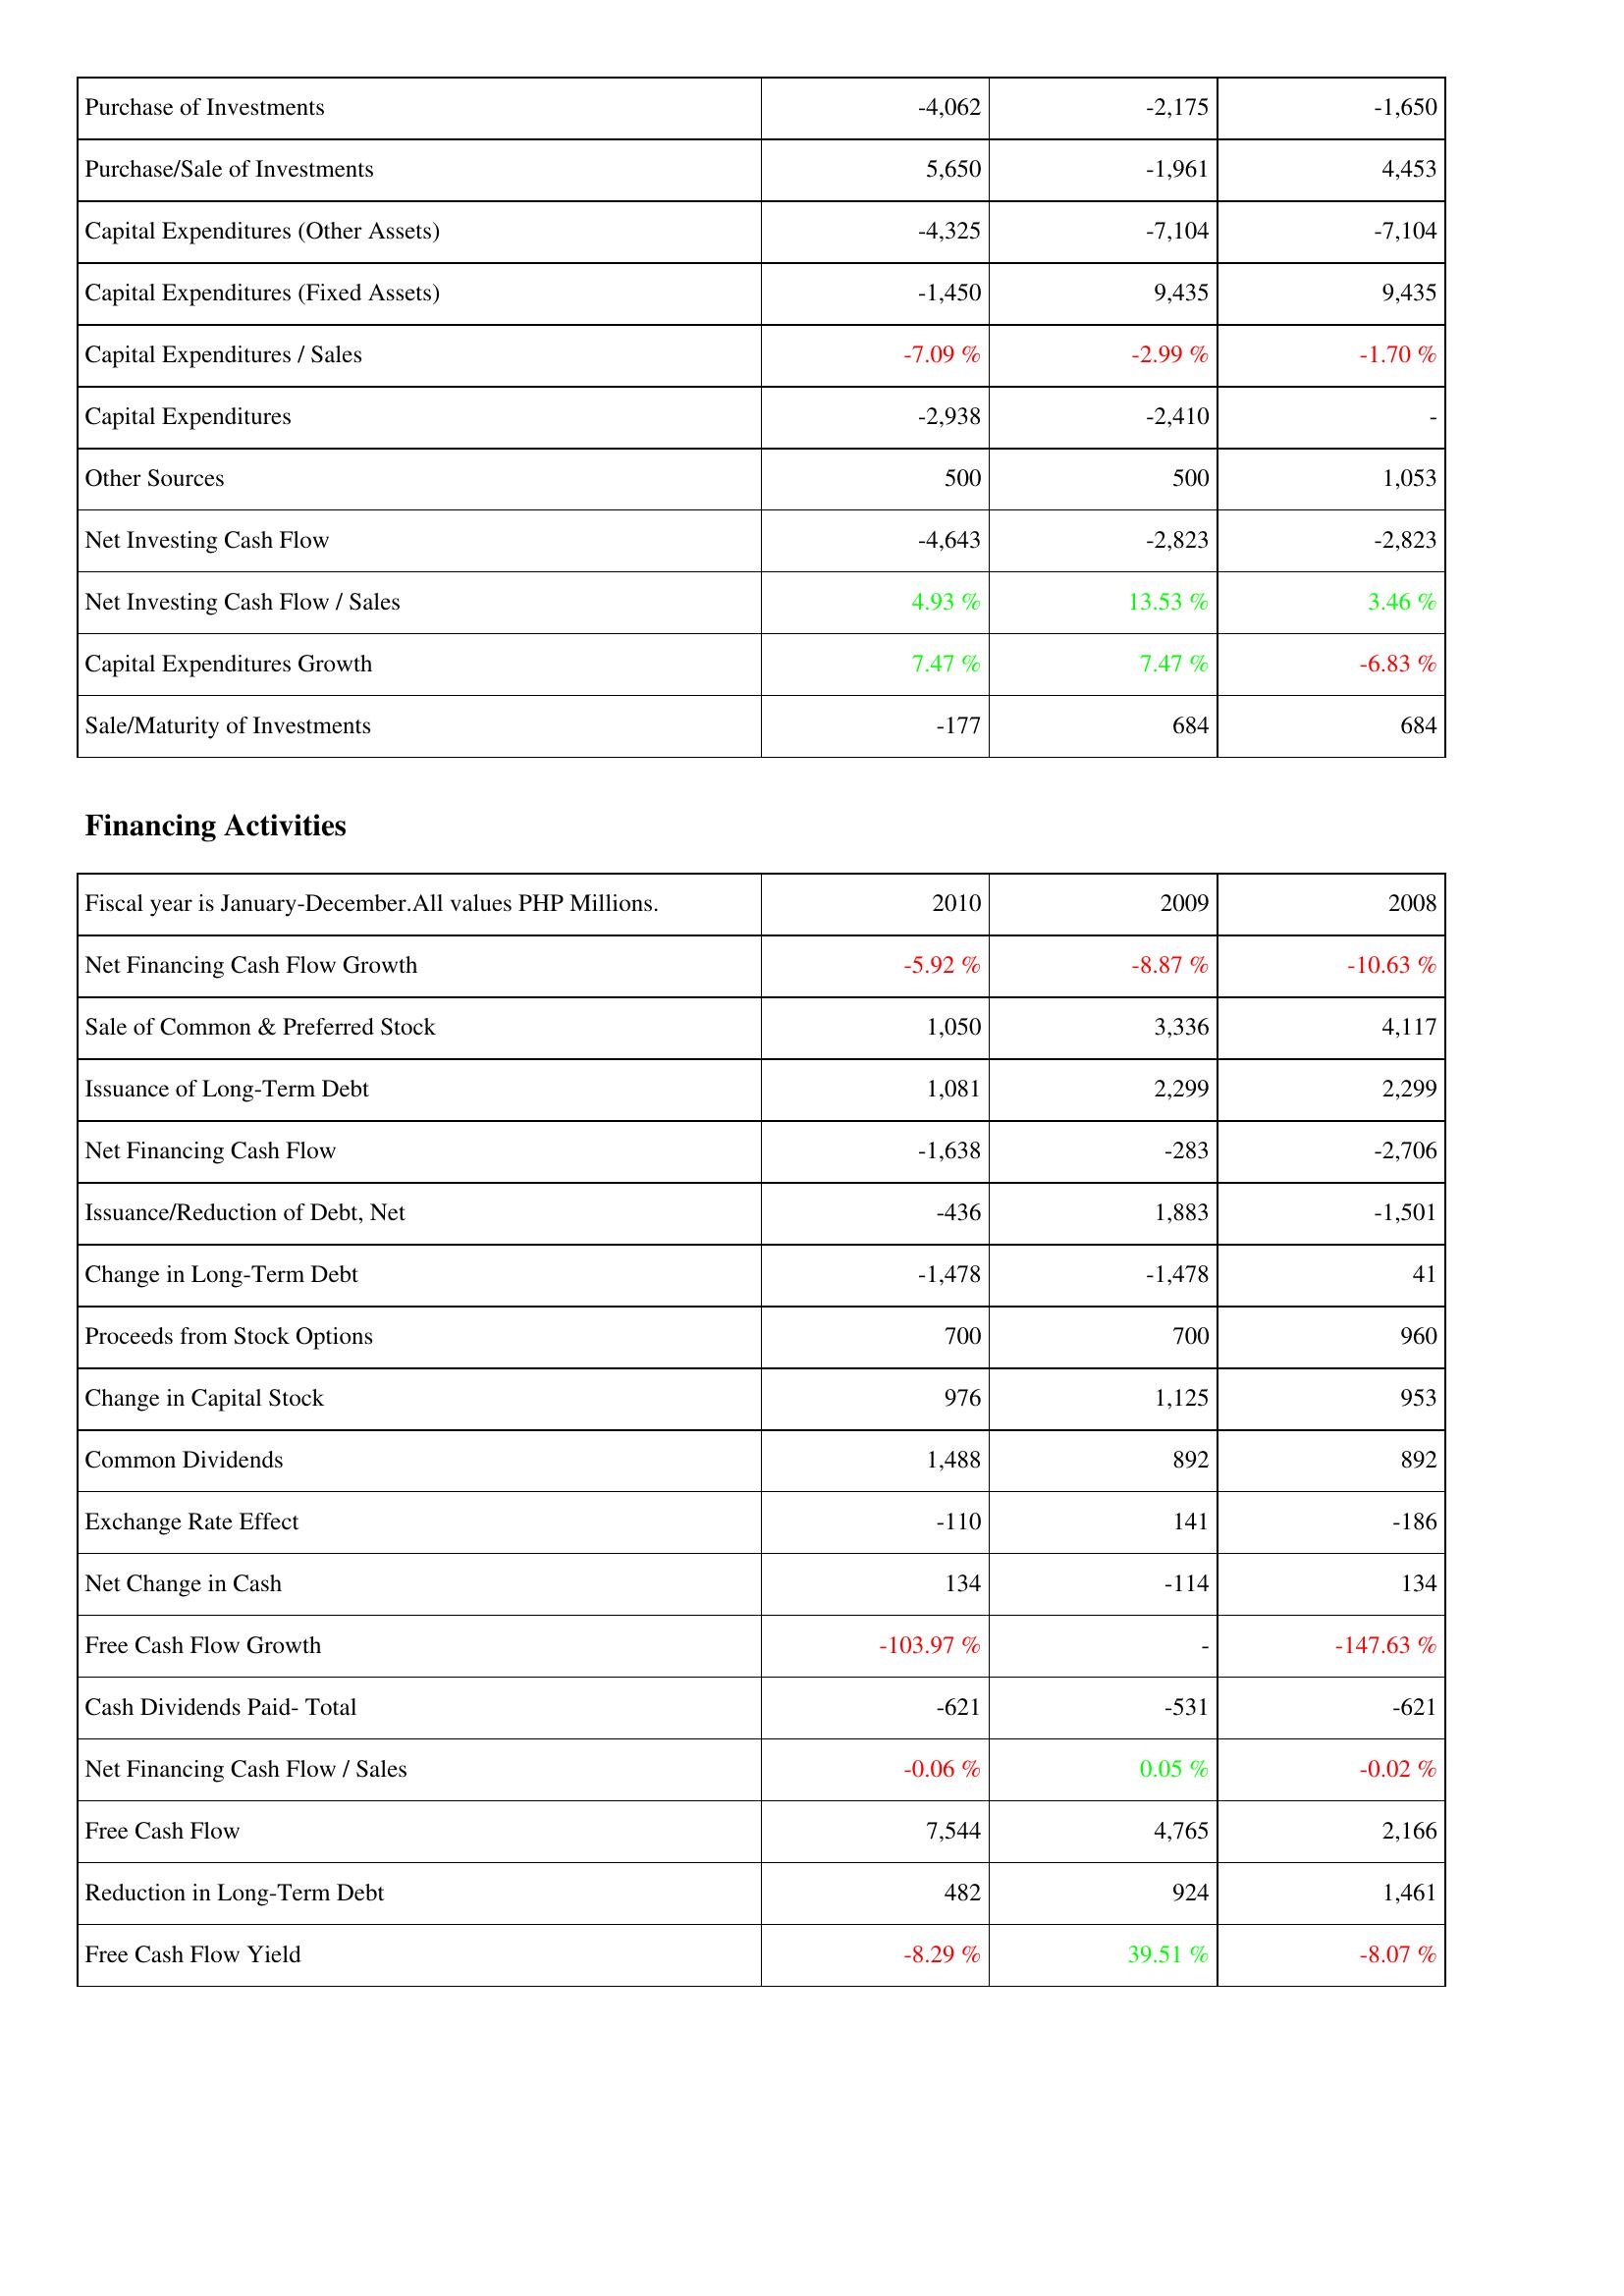
2010: Investing Activities: Purchase of Investments: -4,062
Purchase/Sale of Investments: 5,650
Capital Expenditures (Other Assets): -4,325
Capital Expenditures (Fixed Assets): -1,450
Capital Expenditures / Sales: -7.09 %
Capital Expenditures: -2,938
Other Sources: 500
Net Investing Cash Flow: -4,643
Net Investing Cash Flow / Sales: 4.93 %
Capital Expenditures Growth: 7.47 %
Sale/Maturity of Investments: -177
Financing Activities: Net Financing Cash Flow Growth: -5.92 %
Sale of Common & Preferred Stock: 1,050
Issuance of Long-Term Debt: 1,081
Net Financing Cash Flow: -1,638
Issuance/Reduction of Debt, Net: -436
Change in Long-Term Debt: -1,478
Proceeds from Stock Options: 700
Change in Capital Stock: 976
Common Dividends: 1,488
Exchange Rate Effect: -110
Net Change in Cash: 134
Free Cash Flow Growth: -103.97 %
Cash Dividends Paid- Total: -621
Net Financing Cash Flow / Sales: -0.06 %
Free Cash Flow: 7,544
Reduction in Long-Term Debt: 482
Free Cash Flow Yield: -8.29 %
2009: Investing Activities: Purchase of Investments: -2,175
Purchase/Sale of Investments: -1,961
Capital Expenditures (Other Assets): -7,104
Capital Expenditures (Fixed Assets): 9,435
Capital Expenditures / Sales: -2.99 %
Capital Expenditures: -2,410
Other Sources: 500
Net Investing Cash Flow: -2,823
Net Investing Cash Flow / Sales: 13.53 %
Capital Expenditures Growth: 7.47 %
Sale/Maturity of Investments: 684
Financing Activities: Net Financing Cash Flow Growth: -8.87 %
Sale of Common & Preferred Stock: 3,336
Issuance of Long-Term Debt: 2,299
Net Financing Cash Flow: -283
Issuance/Reduction of Debt, Net: 1,883
Change in Long-Term Debt: -1,478
Proceeds from Stock Options: 700
Change in Capital Stock: 1,125
Common Dividends: 892
Exchange Rate Effect: 141
Net Change in Cash: -114
Free Cash Flow Growth: -
Cash Dividends Paid- Total: -531
Net Financing Cash Flow / Sales: 0.05 %
Free Cash Flow: 4,765
Reduction in Long-Term Debt: 924
Free Cash Flow Yield: 39.51 %
2008: Investing Activities: Purchase of Investments: -1,650
Purchase/Sale of Investments: 4,453
Capital Expenditures (Other Assets): -7,104
Capital Expenditures (Fixed Assets): 9,435
Capital Expenditures / Sales: -1.70 %
Capital Expenditures: -
Other Sources: 1,053
Net Investing Cash Flow: -2,823
Net Investing Cash Flow / Sales: 3.46 %
Capital Expenditures Growth: -6.83 %
Sale/Maturity of Investments: 684
Financing Activities: Net Financing Cash Flow Growth: -10.63 %
Sale of Common & Preferred Stock: 4,117
Issuance of Long-Term Debt: 2,299
Net Financing Cash Flow: -2,706
Issuance/Reduction of Debt, Net: -1,501
Change in Long-Term Debt: 41
Proceeds from Stock Options: 960
Change in Capital Stock: 953
Common Dividends: 892
Exchange Rate Effect: -186
Net Change in Cash: 134
Free Cash Flow Growth: -147.63 %
Cash Dividends Paid- Total: -621
Net Financing Cash Flow / Sales: -0.02 %
Free Cash Flow: 2,166
Reduction in Long-Term Debt: 1,461
Free Cash Flow Yield: -8.07 %